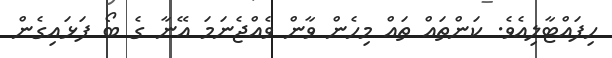
ހިފައްޓާލިއެވެ. ކަންތައް ތައް މިހެން ވާން ވެއްޖެނަމަ އޭނާ ގެ ބޯ ފަޅައިގެން